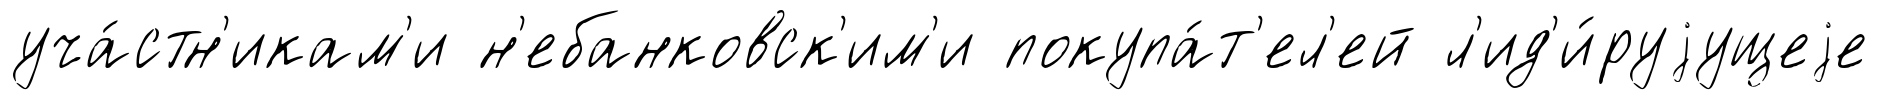
уча́стн'икам'и н'ебанковск'им'и покупа́т'ел'ей л'ид'и́руjущеjе